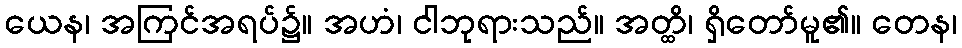
ယေန၊ အကြင်အရပ်၌။ အဟံ၊ ငါဘုရားသည်။ အတ္ထိ၊ ရှိတော်မူ၏။ တေန၊